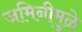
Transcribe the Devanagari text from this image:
जमिनीमुळे